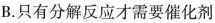
B.只有分解反应才需要催化剂